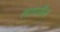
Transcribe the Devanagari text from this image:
लायसेँस